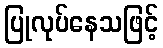
ပြုလုပ်နေသဖြင့်